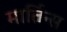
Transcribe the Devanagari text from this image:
मार्तिन्स